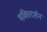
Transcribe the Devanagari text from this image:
भक्तिदर्शन